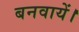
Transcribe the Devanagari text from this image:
बनवायें।